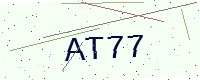
Text: AT77